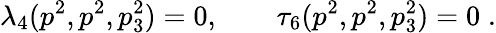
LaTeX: \lambda_{4}(p^{2},p^{2},p_{3}^{2})=0,\qquad\tau_{6}(p^{2},p^{2},p_{3}^{2})=0\; .